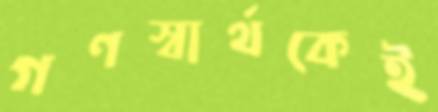
গণস্বার্থকেই